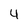
Character: 4